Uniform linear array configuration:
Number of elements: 12
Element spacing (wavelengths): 0.75
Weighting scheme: hann
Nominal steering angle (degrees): -30
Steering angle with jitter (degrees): -31.641
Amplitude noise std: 0.05
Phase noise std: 0.05

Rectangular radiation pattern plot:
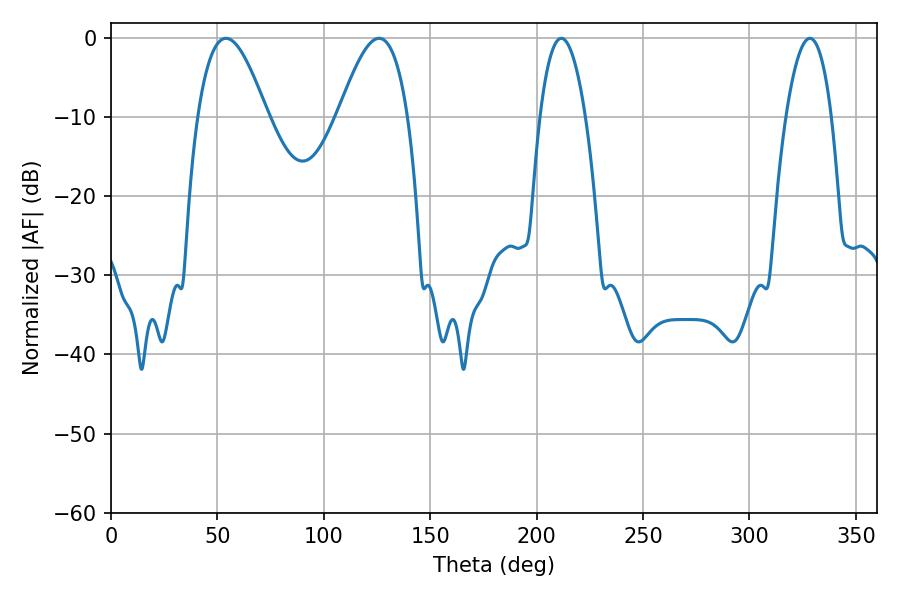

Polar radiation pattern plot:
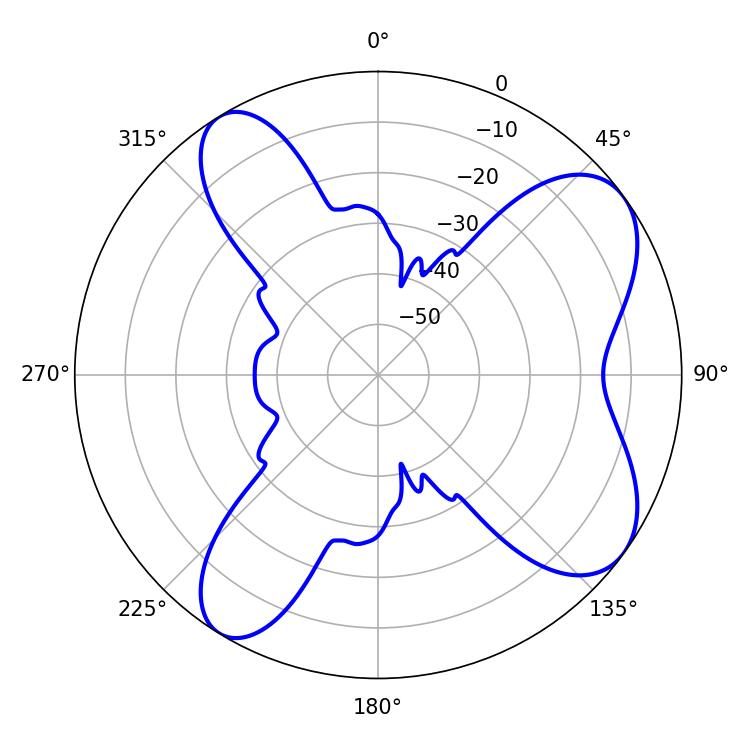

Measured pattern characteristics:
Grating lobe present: TRUE
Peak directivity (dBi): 7.785
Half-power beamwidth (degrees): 17.82
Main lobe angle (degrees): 54